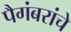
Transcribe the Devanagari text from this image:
पैगंबरांचे